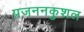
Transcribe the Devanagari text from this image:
प्रजननकुशल